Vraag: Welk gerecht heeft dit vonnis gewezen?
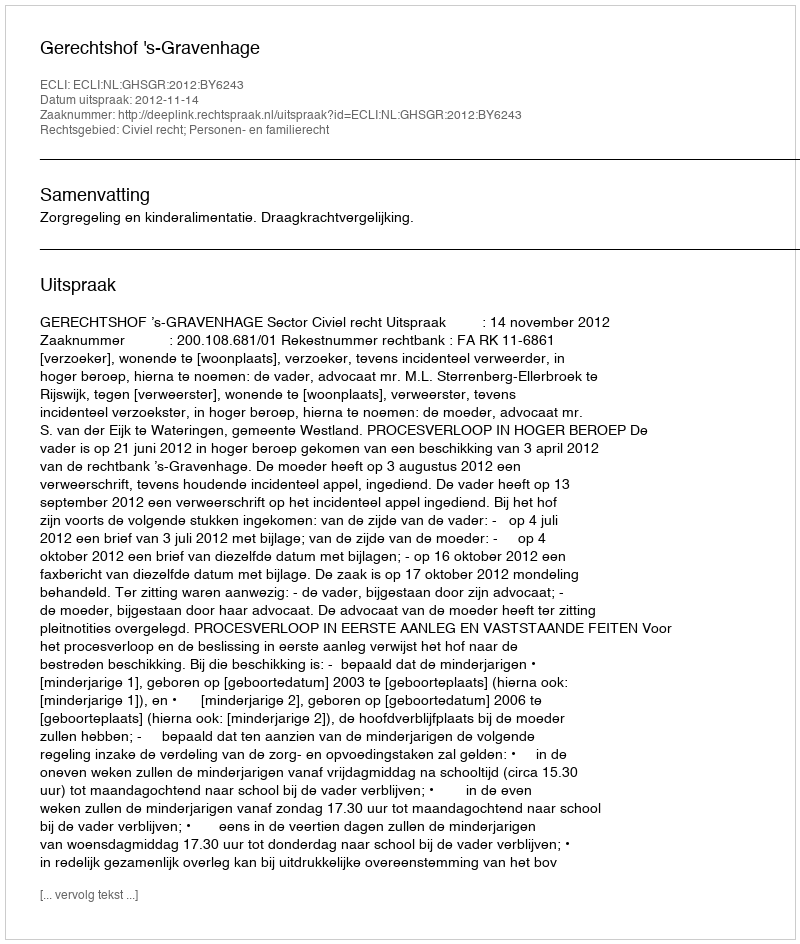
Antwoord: Gerechtshof 's-Gravenhage